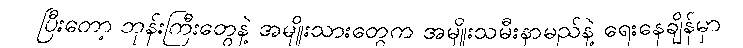
ပြီးတော့ ဘုန်းကြီးတွေနဲ့ အမျိုးသားတွေက အမျိုးသမီးနာမည်နဲ့ ရေးနေချိန်မှာ